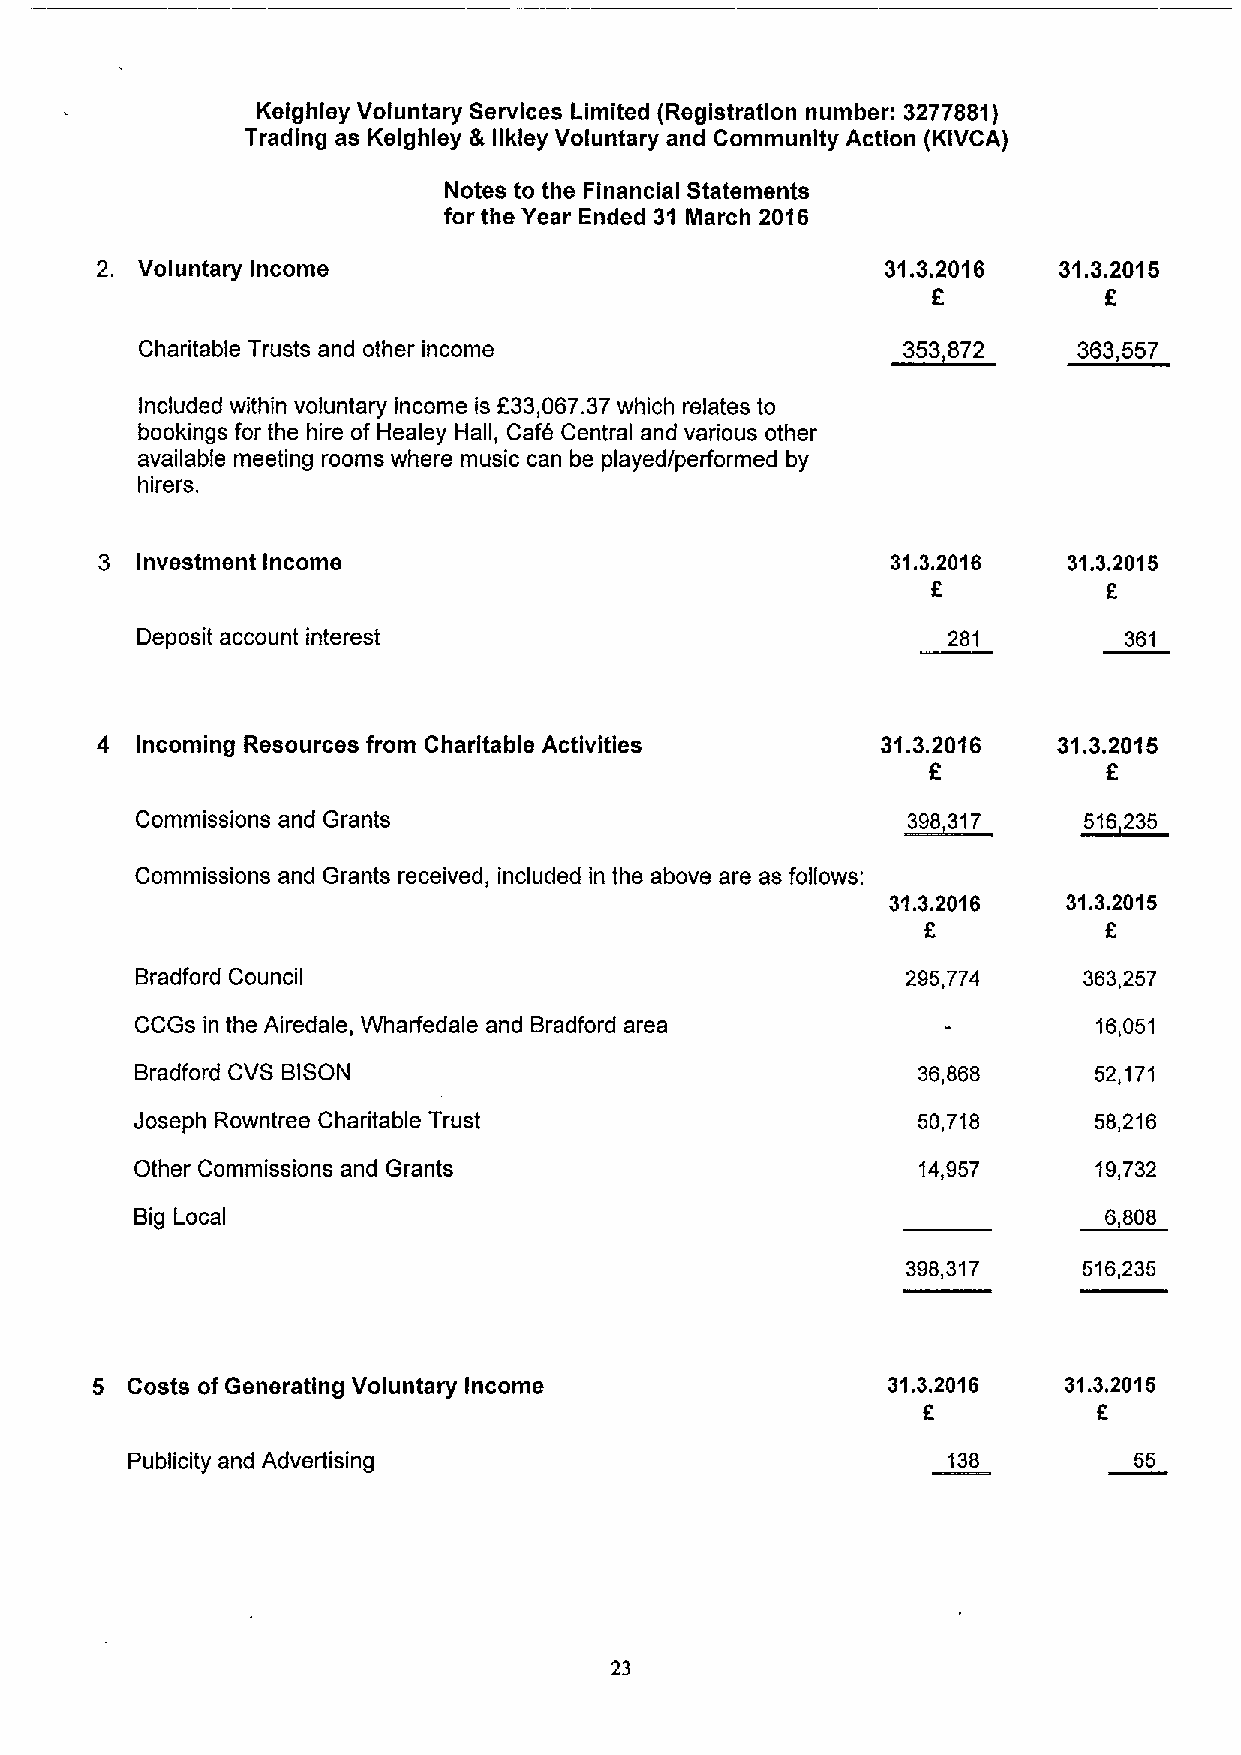
Kelghley Voluntary Services Limited (Registration number: 3277661
 )
 Trading as Kelghley & llkley Voluntary and Community Action (KIVCA)
 Notes to the Financial Statements
 for the Year Ended 31 March 2016
 2. Voluntary Income                                  31.3.2016  31.3.2015
 E
 Charitable Trusts and other income                 333372     363,557
 Included within voluntary income is E33,067.37which relates to
 bookings for the hire of Healey Hall, Caf0 Central and various other
 available meeting rooms where music can be played/performed by
 hire rs.
 3 Investment Income                                 31.3.2016   31.3.2015
 E          E
 Deposit account interest                              281        361
 4  Incoming Resources from Charitable Activities    31.3.2016   31.3.2015
 E           E
 Commissions and Grants                             ~398317     ~516235
 Commissions and Grants received, included in the above are as follows:
 31.3.2016   31.3.2015
 E
 Bradford Council                                   295,774     363,257
 CCGs in the Airedale, Wharfedale and Bradford area              16,051
 Bradford CVS BISON                                  36,868     52,171
 Joseph Rowntree Charitable Trust                    50,718     58,216
 Other Commissions and Grants                        14,957     19,732
 Big Local                                                       6 808
 398,317     516,235
 5 Costs ofGenerating Voluntary Income                31.3.2016  31.3.2015
 E           6
 Publicity and Advertising                              138         55
 23